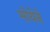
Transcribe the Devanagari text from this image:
मोयेने